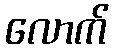
လောက်